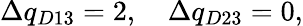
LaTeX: \Delta q_{D13}=2,\quad\Delta q_{D23}=0,